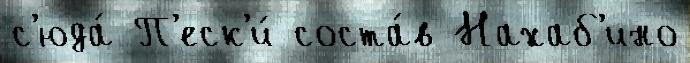
с'юда́ П'еск'и́ соста́в Нахаб'ино